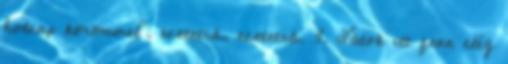
holnap körömmel". ecetetrá, ecetetrá. 3. Látok itt fenn elég